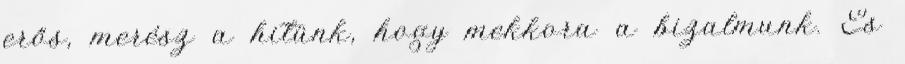
erős, merész a hitünk, hogy mekkora a bizalmunk. És